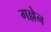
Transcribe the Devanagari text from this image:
गल्लेन